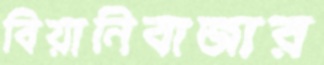
বিয়ানিবাজার